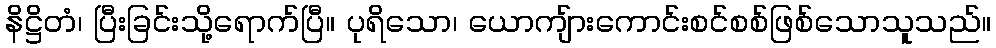
နိဋ္ဌိတံ၊ ပြီးခြင်းသို့ရောက်ပြီ။ ပုရိသော၊ ယောကျ်ားကောင်းစင်စစ်ဖြစ်သောသူသည်။